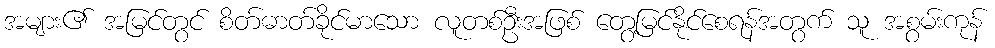
အများ၏ အမြင်တွင် စိတ်ဓာတ်ခိုင်မာသော လူတစ်ဦးအဖြစ် တွေ့မြင်နိုင်စေရန်အတွက် သူ အစွမ်းကုန်